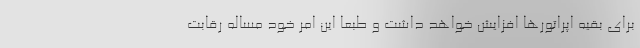
برای بقیه اپراتورها افزایش خواهد داشت و طبعاً این امر خود مساله رقابت